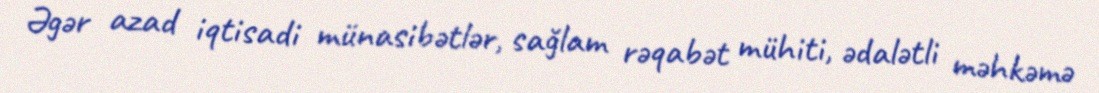
Əgər azad iqtisadi münasibətlər, sağlam rəqabət mühiti, ədalətli məhkəmə